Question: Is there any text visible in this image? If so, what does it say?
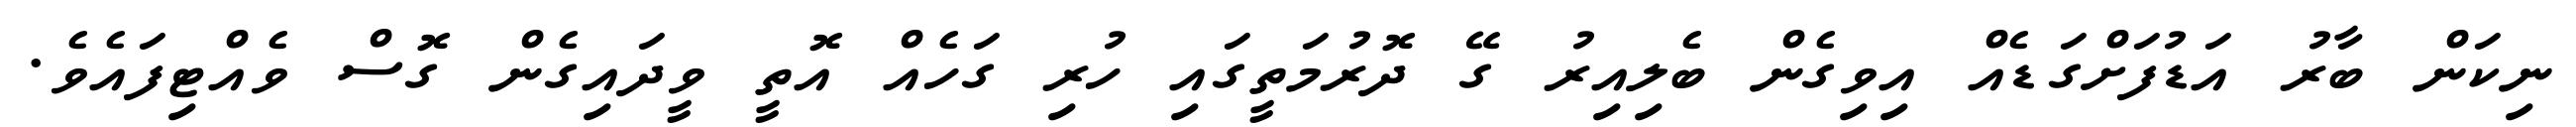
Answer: ނިކަން ބާރު އަޑުފަށްގަޑެއް އިވިގެން ބެލިއިރު ގޭ ދޮރުމަތީގައި ހުރި ގަހެއް އޮތީ ވީދައިގެން ގޮސް ވެއްޓިފައެވެ.